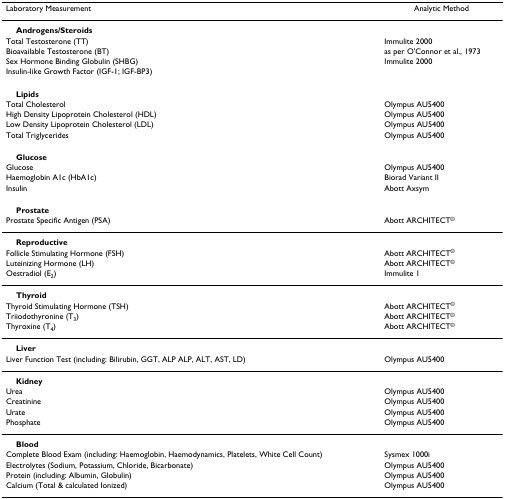
<table><thead><tr><td><b>Laboratory Measurement</b></td><td><b>Analytic Method</b></td></tr></thead><tbody><tr><td> <b>Androgens/Steroids</b></td><td></td></tr><tr><td>Total Testosterone (TT)</td><td>Immulite 2000</td></tr><tr><td>Bioavailable Testosterone (BT)</td><td>as per O&#x27;Connor et al., 1973</td></tr><tr><td>Sex Hormone Binding Globulin (SHBG)</td><td>Immulite 2000</td></tr><tr><td>Insulin-like Growth Factor (IGF-1; IGF-BP3)</td><td></td></tr><tr><td> <b>Lipids</b></td><td></td></tr><tr><td>Total Cholesterol</td><td>Olympus AU5400</td></tr><tr><td>High Density Lipoprotein Cholesterol (HDL)</td><td>Olympus AU5400</td></tr><tr><td>Low Density Lipoprotein Cholesterol (LDL)</td><td>Olympus AU5400</td></tr><tr><td>Total Triglycerides</td><td>Olympus AU5400</td></tr><tr><td> <b>Glucose</b></td><td></td></tr><tr><td>Glucose</td><td>Olympus AU5400</td></tr><tr><td>Haemoglobin A1c (HbA1c)</td><td>Biorad Variant II</td></tr><tr><td>Insulin</td><td>Abott Axsym</td></tr><tr><td> <b>Prostate</b></td><td></td></tr><tr><td>Prostate Specific Antigen (PSA)</td><td>Abott ARCHITECT<sup>©</sup></td></tr><tr><td> <b>Reproductive</b></td><td></td></tr><tr><td>Follicle Stimulating Hormone (FSH)</td><td>Abott ARCHITECT<sup>©</sup></td></tr><tr><td>Luteinizing Hormone (LH)</td><td>Abott ARCHITECT<sup>©</sup></td></tr><tr><td>Oestradiol (E<sub>2</sub>)</td><td>Immulite 1</td></tr><tr><td> <b>Thyroid</b></td><td></td></tr><tr><td>Thyroid Stimulating Hormone (TSH)</td><td>Abott ARCHITECT<sup>©</sup></td></tr><tr><td>Triiodothyronine (T<sub>3</sub>)</td><td>Abott ARCHITECT<sup>©</sup></td></tr><tr><td>Thyroxine (T<sub>4</sub>)</td><td>Abott ARCHITECT<sup>©</sup></td></tr><tr><td> <b>Liver</b></td><td></td></tr><tr><td>Liver Function Test (including: Bilirubin, GGT, ALP ALP, ALT, AST, LD)</td><td>Olympus AU5400</td></tr><tr><td> <b>Kidney</b></td><td></td></tr><tr><td>Urea</td><td>Olympus AU5400</td></tr><tr><td>Creatinine</td><td>Olympus AU5400</td></tr><tr><td>Urate</td><td>Olympus AU5400</td></tr><tr><td>Phosphate</td><td>Olympus AU5400</td></tr><tr><td> <b>Blood</b></td><td></td></tr><tr><td>Complete Blood Exam (including: Haemoglobin, Haemodynamics, Platelets, White Cell Count)</td><td>Sysmex 1000i</td></tr><tr><td>Electrolytes (Sodium, Potassium, Chloride, Bicarbonate)</td><td>Olympus AU5400</td></tr><tr><td>Protein (including: Albumin, Globulin)</td><td>Olympus AU5400</td></tr><tr><td>Calcium (Total &amp; calculated Ionized)</td><td>Olympus AU5400</td></tr></tbody></table>